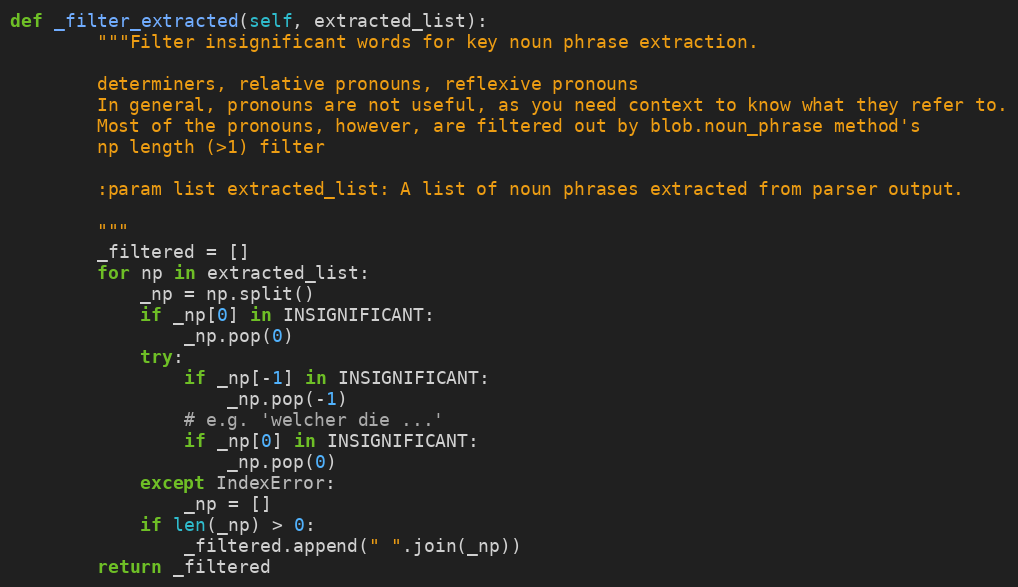
Language: Python
def _filter_extracted(self, extracted_list):
        """Filter insignificant words for key noun phrase extraction.

        determiners, relative pronouns, reflexive pronouns
        In general, pronouns are not useful, as you need context to know what they refer to.
        Most of the pronouns, however, are filtered out by blob.noun_phrase method's
        np length (>1) filter

        :param list extracted_list: A list of noun phrases extracted from parser output.

        """
        _filtered = []
        for np in extracted_list:
            _np = np.split()
            if _np[0] in INSIGNIFICANT:
                _np.pop(0)
            try:
                if _np[-1] in INSIGNIFICANT:
                    _np.pop(-1)
                # e.g. 'welcher die ...'
                if _np[0] in INSIGNIFICANT:
                    _np.pop(0)
            except IndexError:
                _np = []
            if len(_np) > 0:
                _filtered.append(" ".join(_np))
        return _filtered